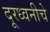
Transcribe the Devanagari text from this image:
दूरध्वनीचे